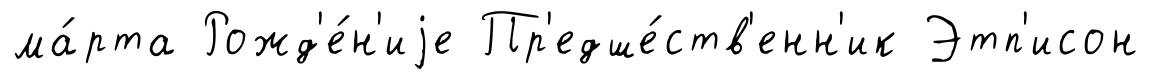
ма́рта Рожд'е́н'иjе Пр'едше́ств'енн'ик Этп'исон